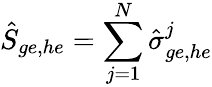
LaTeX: \hat{S}_{ge,he}=\sum_{j=1}^{N}\hat{\sigma}_{ge,he}^{j}